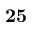
\bf { 2 5 }